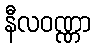
နီလဝဏ္ဏာ